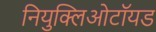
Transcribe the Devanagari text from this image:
नियुक्लिओटॉयड